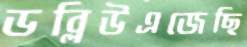
ডব্লিউএজেছি